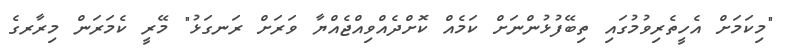
"މިކަމަށް އެހީތެރިވުމުގައި ތިބޭފުޅުންނަށް ކަމެއް ކޮށްދެއްވިއްޖެއްޔާ ވަރަށް ރަނގަޅު" މޭރީ ކެމަރަން މިރާރގެ